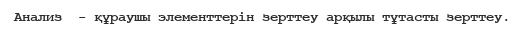
Анализ  - құраушы элементтерін зерттеу арқылы тұтасты зерттеу.